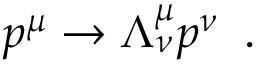
p ^ { \mu } \rightarrow \Lambda _ { \nu } ^ { \mu } p ^ { \nu } \; \; .